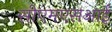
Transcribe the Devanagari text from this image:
सीएमएसआई